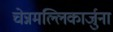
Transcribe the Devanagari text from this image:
चेन्नमल्लिकार्जुना